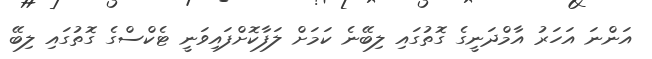
އަންނަ އަހަރު އާމްދަނީގެ ގޮތުގައި ލިބޭނެ ކަމަށް ލަފާކޮށްފައިވަނީ ޓެކްސްގެ ގޮތުގައި ލިބޭ